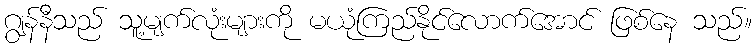
ဂျွန်နီသည် သူ့မျက်လုံးများကို မယုံကြည်နိုင်လောက်အောင် ဖြစ်နေ သည်။